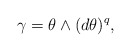
\begin{align*}\gamma = \theta \wedge (d\theta )^{q},\end{align*}